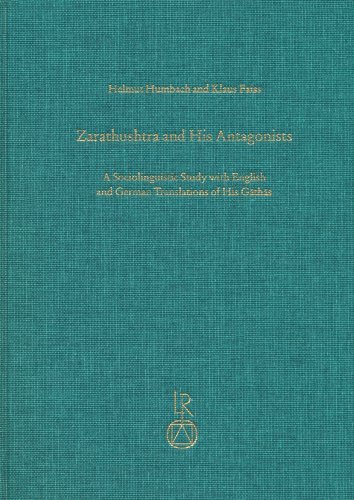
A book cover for Zarathushtra and his Antagonists: A Sociolinguistic Study with English and German Translation of His Gathas (SZ); Klauss Faiss; Religion & Spirituality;